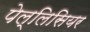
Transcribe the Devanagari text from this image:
पेल्लिसियर